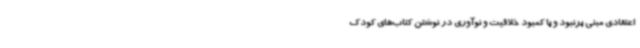
اعتقادی مبنی برنبود و یا کمبود خلاقیت و نوآوری در نوشتن کتاب‌های کودک